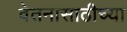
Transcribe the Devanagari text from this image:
वेतनासाठीच्या